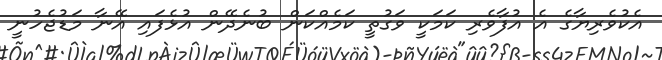
އެކުވެރިޔާގެ އެ އުފާވެރި ކަމަކީ ވަގުތީ ކަމެއްކަން ބުނެދޭން އުޅެފައި އޭނާ މަޑުޖެހުނީ